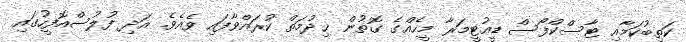
ކަތިބުކަމާއި ޓާސްކްފޯސް ޑީއުޓީމަރާ މީހެއްގެ ގޮތުން ޚިދުމަތް ކުރައްވާފައި ވެއެވެ. އަދި ފުލުސްއޮފީހުގައި